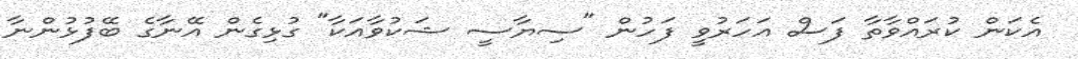
އެކަން ކުރައްވާތާ ފަސް އަހަރުވީ ފަހުން "ސިޔާސީ ޝަކުވާއަކާ" ގުޅިގެން އޭނާގެ ބޭފުޅުންނާ